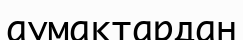
аумақтардан